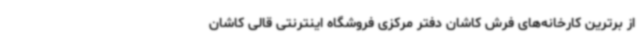
از برترین کارخانه‌های فرش کاشان دفتر مرکزی فروشگاه اینترنتی قالی کاشان